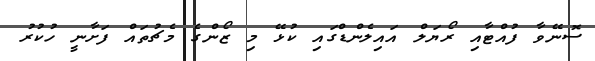
ސޮނޭވާ ފުއްޓާއި ރޯޔަލް އައިލެންޑްގައި ކުޅޭ މި ޒޯންގެ މެޗުތައް ފަށާނީ ހުކުރު